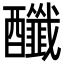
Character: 䤘